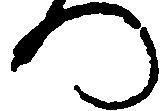
つ